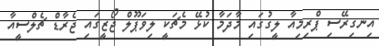
އިނގިރޭސި ޕްރިމިއާ ލީގުގައި މާދަމާ ކުޅޭ މެޗަކީ ލިވަޕޫލް ޖޯޒީގައި ޖެރާޑް ޗެލްސީއާ